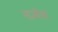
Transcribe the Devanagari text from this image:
गज़्येता